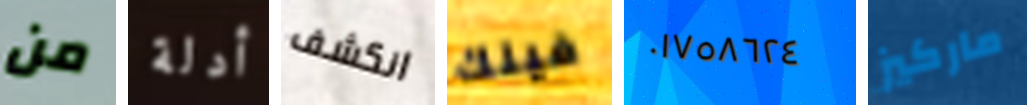
من أدلة انكشف فينك ٠١٧٥٨٦٢٤ ماركيز